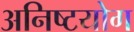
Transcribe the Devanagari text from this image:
अनिष्टयोग